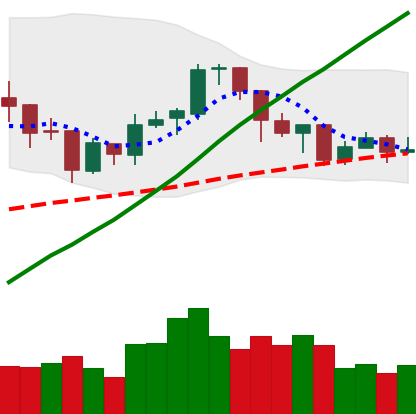
Ticker: BTC-USD
Chart end date: 2018-01-15
Forward return: -6.661%
Label: down_5_7